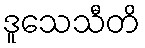
ဒူသေသီတိ